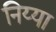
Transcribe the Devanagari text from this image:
निय्या